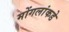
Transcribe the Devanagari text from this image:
मोंगलांकडे